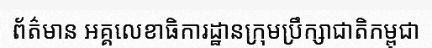
ព័ត៌មាន អគ្គលេខាធិការដ្ឋានក្រុមប្រឹក្សាជាតិកម្ពុជា